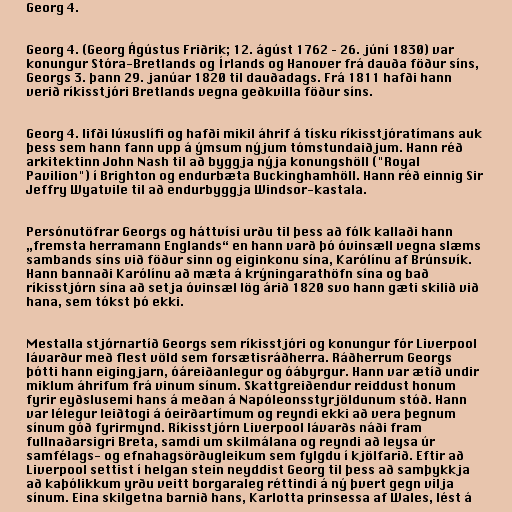
Georg 4.

Georg 4. (Georg Ágústus Friðrik; 12. ágúst 1762 – 26. júní 1830) var
konungur Stóra-Bretlands og Írlands og Hanover frá dauða föður síns,
Georgs 3. þann 29. janúar 1820 til dauðadags. Frá 1811 hafði hann
verið ríkisstjóri Bretlands vegna geðkvilla föður síns.

Georg 4. lifði lúxuslífi og hafði mikil áhrif á tísku ríkisstjóratímans auk
þess sem hann fann upp á ýmsum nýjum tómstundaiðjum. Hann réð
arkitektinn John Nash til að byggja nýja konungshöll ("Royal
Pavilion") í Brighton og endurbæta Buckinghamhöll. Hann réð einnig Sir
Jeffry Wyatvile til að endurbyggja Windsor-kastala.

Persónutöfrar Georgs og háttvísi urðu til þess að fólk kallaði hann
„fremsta herramann Englands“ en hann varð þó óvinsæll vegna slæms
sambands síns við föður sinn og eiginkonu sína, Karólínu af Brúnsvík.
Hann bannaði Karólínu að mæta á krýningarathöfn sína og bað
ríkisstjórn sína að setja óvinsæl lög árið 1820 svo hann gæti skilið við
hana, sem tókst þó ekki.

Mestalla stjórnartíð Georgs sem ríkisstjóri og konungur fór Liverpool
lávarður með flest völd sem forsætisráðherra. Ráðherrum Georgs
þótti hann eigingjarn, óáreiðanlegur og óábyrgur. Hann var ætíð undir
miklum áhrifum frá vinum sínum. Skattgreiðendur reiddust honum
fyrir eyðslusemi hans á meðan á Napóleonsstyrjöldunum stóð. Hann
var lélegur leiðtogi á óeirðartímum og reyndi ekki að vera þegnum
sínum góð fyrirmynd. Ríkisstjórn Liverpool lávarðs náði fram
fullnaðarsigri Breta, samdi um skilmálana og reyndi að leysa úr
samfélags- og efnahagsörðugleikum sem fylgdu í kjölfarið. Eftir að
Liverpool settist í helgan stein neyddist Georg til þess að samþykkja
að kaþólikkum yrðu veitt borgaraleg réttindi á ný þvert gegn vilja
sínum. Eina skilgetna barnið hans, Karlotta prinsessa af Wales, lést á